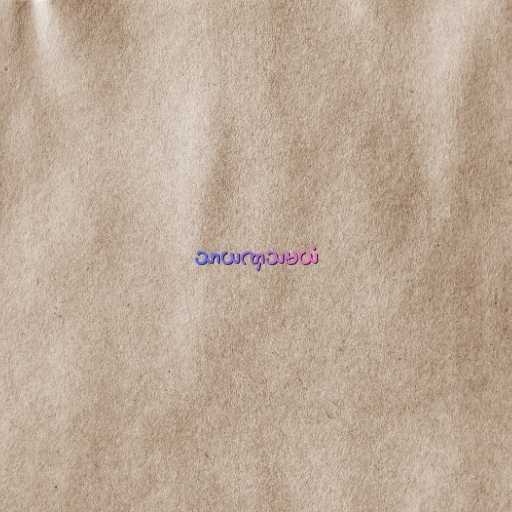
သာယဏှသမယံ